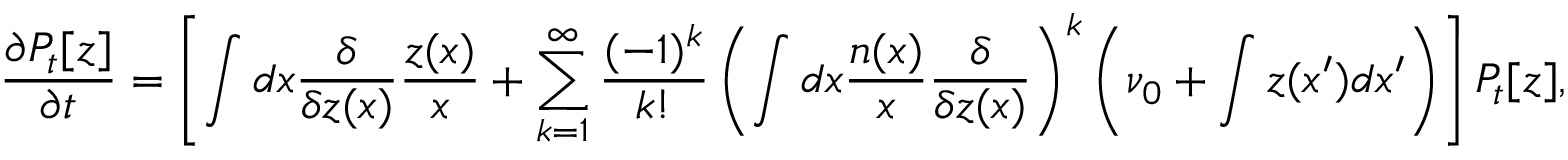
\frac { \partial P _ { t } [ z ] } { \partial t } = \left[ \int d x \frac { \delta } { \delta z ( x ) } \frac { z ( x ) } { x } + \sum _ { k = 1 } ^ { \infty } \frac { ( - 1 ) ^ { k } } { k ! } \left( \int d x \frac { n ( x ) } { x } \frac { \delta } { \delta z ( x ) } \right) ^ { k } \left( \nu _ { 0 } + \int z ( x ^ { \prime } ) d x ^ { \prime } \right) \right] P _ { t } [ z ] ,